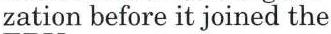
zation before it joined the